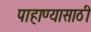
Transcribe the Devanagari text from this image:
पाहाण्यासाठी